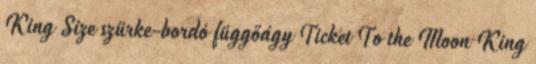
King Size szürke-bordó függőágy Ticket To the Moon King